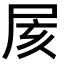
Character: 𡱍